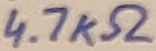
Text: 4.7KΩ